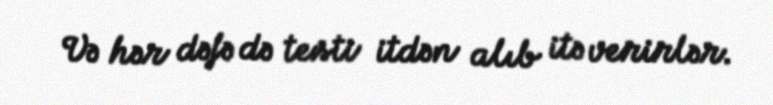
Və hər dəfə də testi itdən alıb itə verirlər.